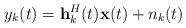
LaTeX: \begin{align*} y_k(t)=\mathbf{h}^H_k(t)\mathbf{x}(t)+n_k(t)\end{align*}